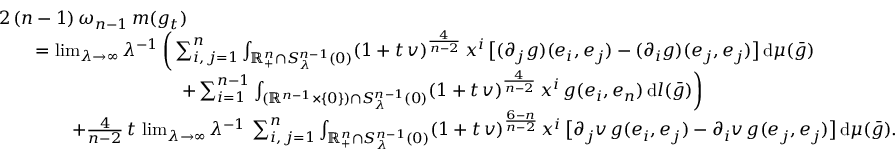
\begin{array} { r l } & { 2 \, ( n - 1 ) \, \omega _ { n - 1 } \, m ( g _ { t } ) } \\ & { \qquad = \operatorname* { l i m } _ { \lambda \to \infty } \lambda ^ { - 1 } \, \bigg ( \sum _ { i , \, j = 1 } ^ { n } \int _ { \mathbb { R } _ { + } ^ { n } \cap { S } _ { \lambda } ^ { n - 1 } ( 0 ) } ( 1 + t \, v ) ^ { \frac { 4 } { n - 2 } } \, x ^ { i } \, \big [ ( \partial _ { j } g ) ( e _ { i } , e _ { j } ) - ( \partial _ { i } g ) ( e _ { j } , e _ { j } ) \big ] \, \mathrm { d } \mu ( \bar { g } ) } \\ & { \qquad \qquad \qquad \qquad \qquad + \sum _ { i = 1 } ^ { n - 1 } \int _ { ( \mathbb { R } ^ { n - 1 } \times \{ 0 \} ) \cap S _ { \lambda } ^ { n - 1 } ( 0 ) } ( 1 + t \, v ) ^ { \frac { 4 } { n - 2 } } \, x ^ { i } \, g ( e _ { i } , e _ { n } ) \, \mathrm { d } l ( \bar { g } ) \bigg ) } \\ & { \qquad \qquad + \frac { 4 } { n - 2 } \, t \, \operatorname* { l i m } _ { \lambda \to \infty } \lambda ^ { - 1 } \, \sum _ { i , \, j = 1 } ^ { n } \int _ { \mathbb { R } _ { + } ^ { n } \cap { S } _ { \lambda } ^ { n - 1 } ( 0 ) } ( 1 + t \, v ) ^ { \frac { 6 - n } { n - 2 } } \, x ^ { i } \, \big [ \partial _ { j } v \, g ( e _ { i } , e _ { j } ) - \partial _ { i } v \, g ( e _ { j } , e _ { j } ) \big ] \, \mathrm { d } \mu ( \bar { g } ) . } \end{array}